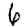
Digit: 6